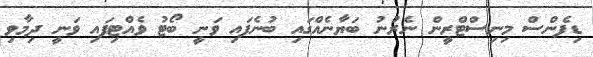
ޑިފެންސް މިނިސްޓްރީން ނެރުނު ބަޔާނެއްގައި ބުނެފައި ވަނީ ބޯޓު ވެއްޓިފައި ވަނީ ދިމާވި